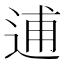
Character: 逋